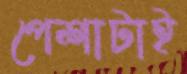
পেশাটাই